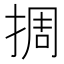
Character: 㨄